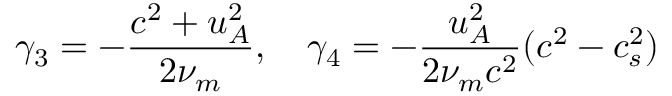
\gamma _ { 3 } = - \frac { c ^ { 2 } + u _ { A } ^ { 2 } } { 2 \nu _ { m } } , \quad \gamma _ { 4 } = - \frac { u _ { A } ^ { 2 } } { 2 \nu _ { m } c ^ { 2 } } ( c ^ { 2 } - c _ { s } ^ { 2 } )